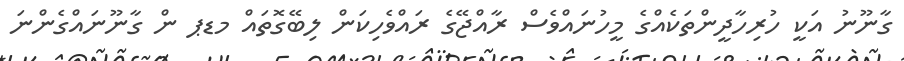
ގާނޫނު އަކީ ހުރިހާދީންތަކެއްގެ މީހުނައްވެސް ރާއްޖޭގެ ރައްވެހިކަން ލިބޭގޮތައް މޑޕ ން ގާނޫނައްގެންނަ